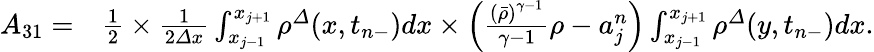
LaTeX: \begin{array}{rl}{A_{31}=}&{\frac 12\times\frac 1{2{\varDelta}x}\int_{x_{j-1}}^{x_{j+1}}{\rho}^{\varDelta}(x,t_{n-})dx\times\left(\frac{\left(\bar{\rho}\right)^{\gamma-1}}{\gamma-1}\rho-a_{j}^{n}\right)\int_{x_{j-1}}^{x_{j+1}}{\rho}^{\varDelta}(y,t_{n-})dx.}\end{array}